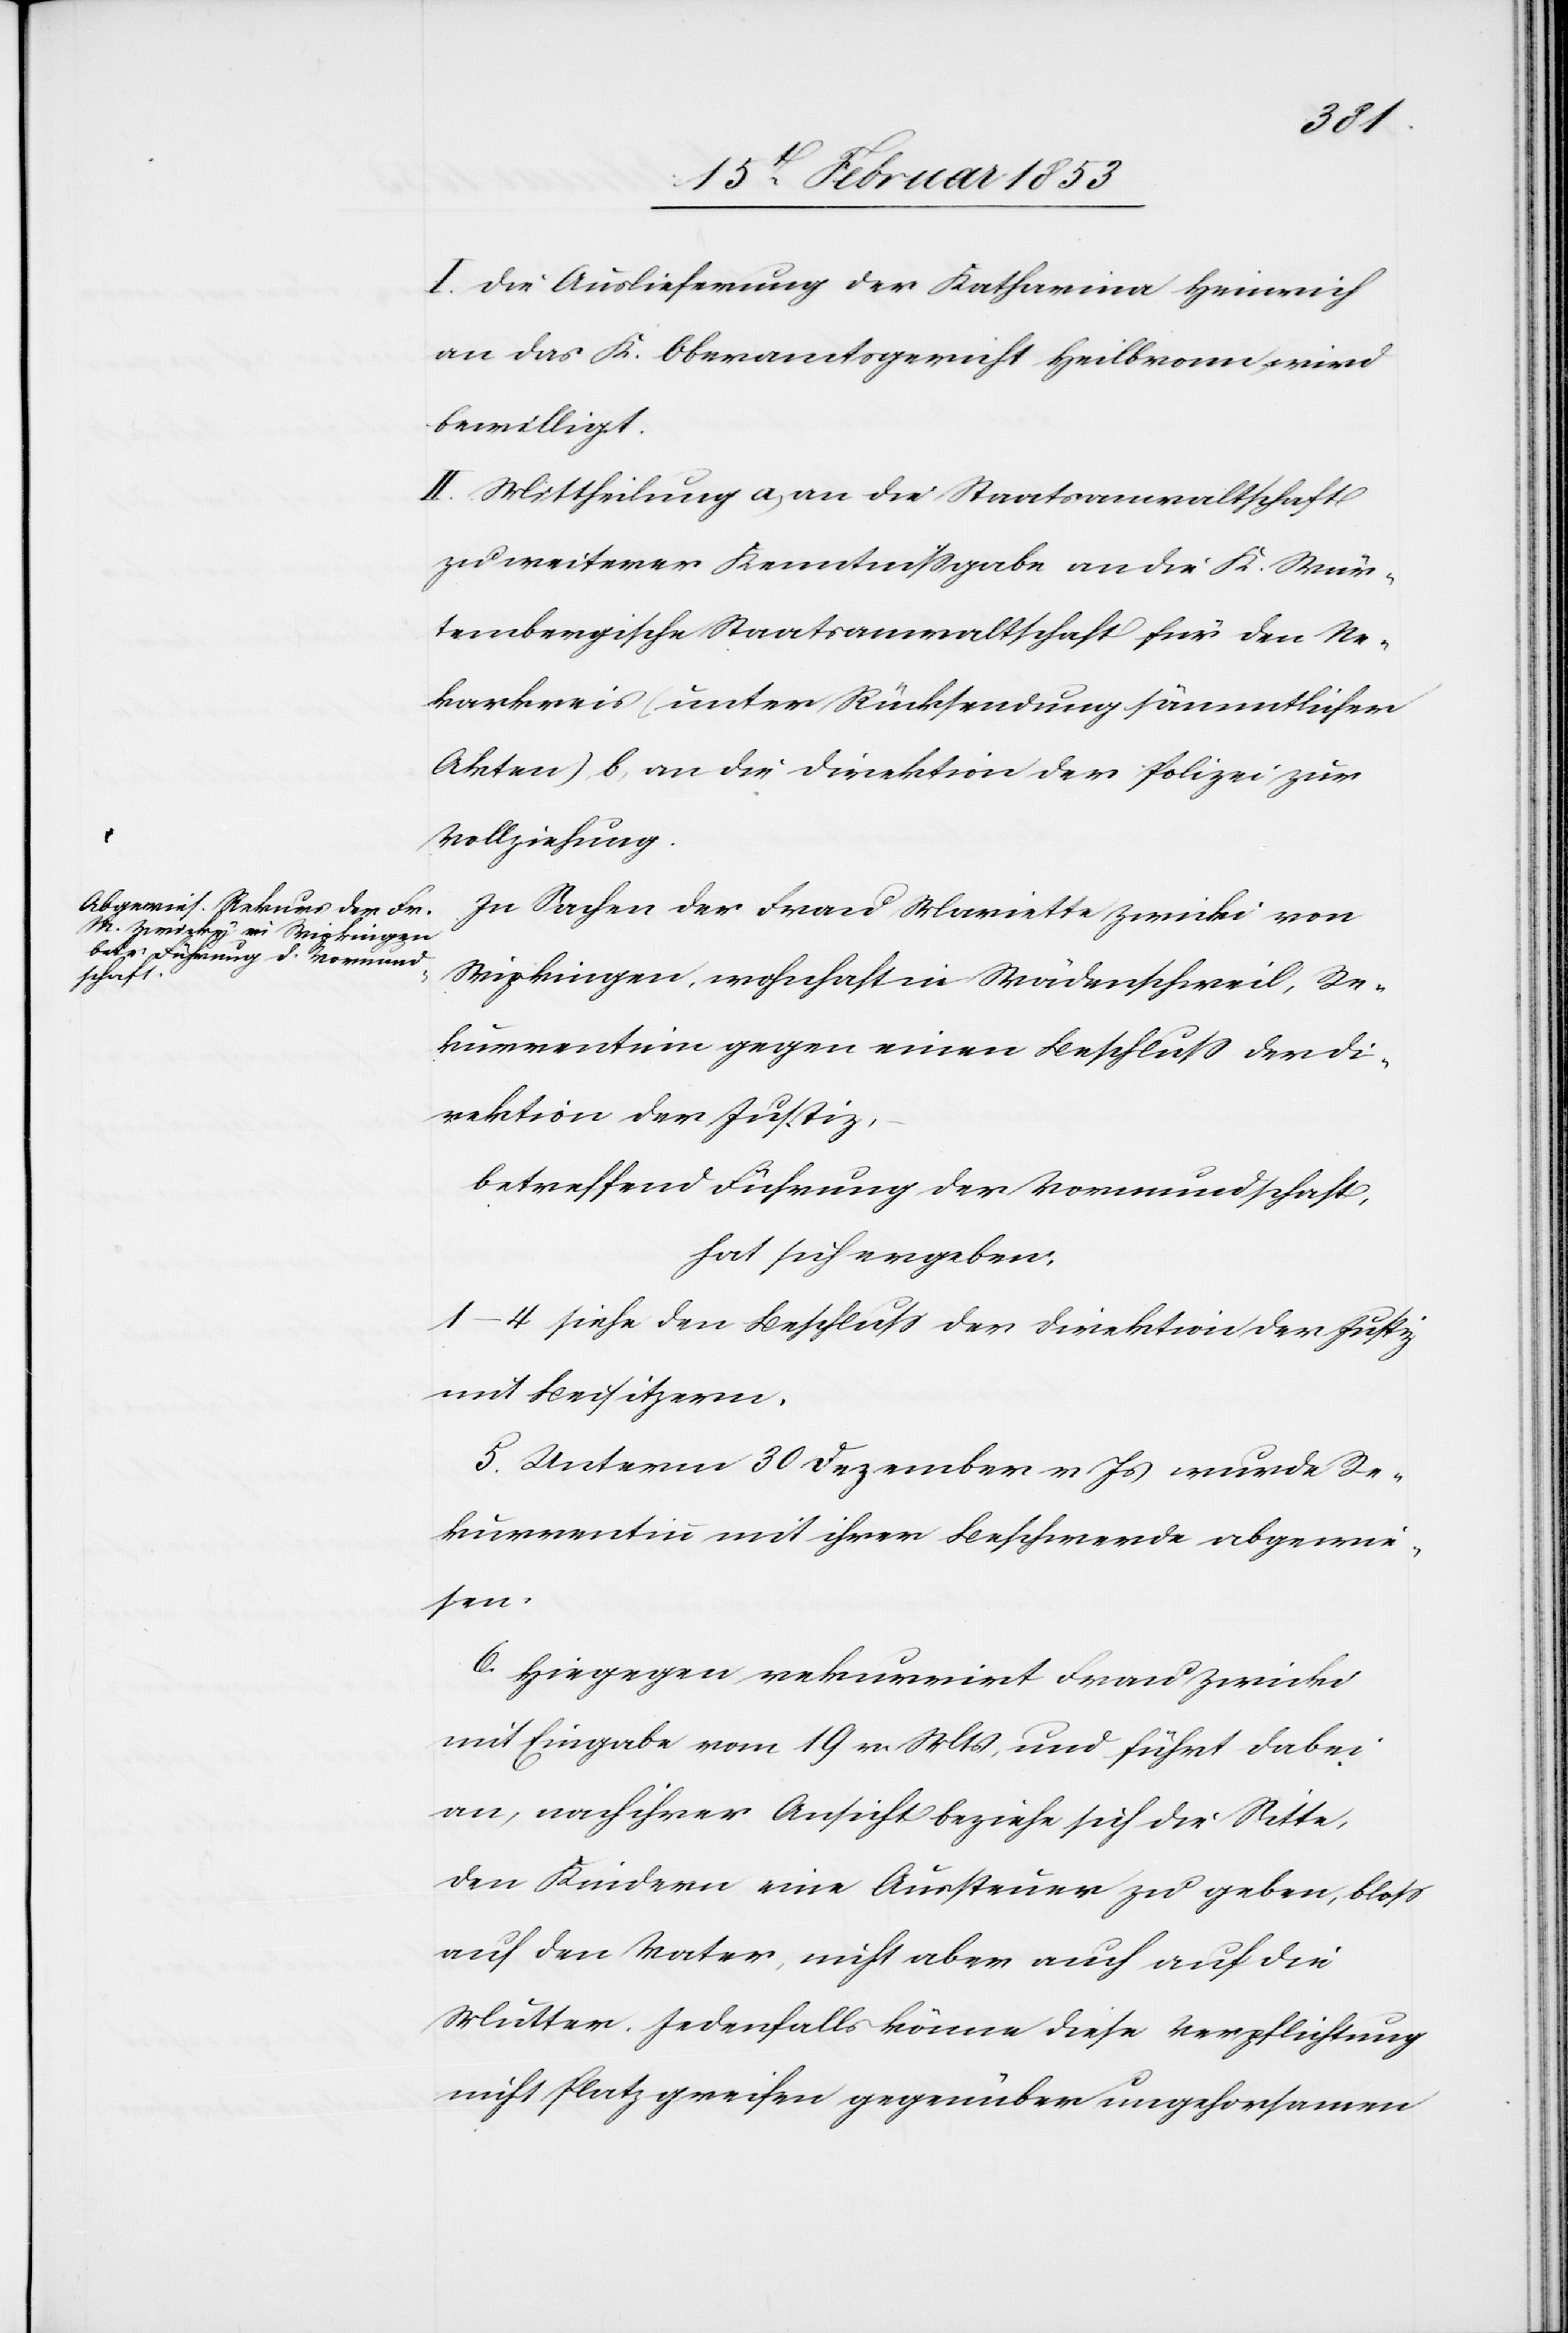
I. Die Auslieferung der Katharina Heinrich
an das K. Oberamtsgericht Heilbronn wird
bewilligt.
II. Mittheilung a, an die Staatsanwaltschaft
zu weiterer Kenntnißgabe an die K. Wür¬
tembergische Staatsanwaltschaft für den Ne¬
karkreis (unter Rücksendung sämmtlicher
Akten) b, an die Direktion der Polizei zur
Vollziehung.
In Sachen der Frau Mariette Zwicki von
Wipkingen wohnhaft in Wädenschweil, Re¬
kurrentin gegen einen Beschluß der Di¬
rektion der Justiz,
betreffend Führung der Vormundschaft,
hat sich ergeben.
1–4 siehe den Beschluß der Direktion der Justiz
mit Beisitzern.
5. Unterm 30 Dezember v. Js. wurde Re¬
kurrentinn mit ihrer Beschwerde abgewie¬
sen.
6. Hiegegen rekurrirt Frau Zwicki
mit Eingabe vom 19 v. Mts., und führt dabei
an, nach ihrer Ansicht beziehe sich die Sitte,
den Kindern eine Aussteuer zu geben, bloß
auf den Vater, nicht aber auch auf die
Mutter. Jedenfalls könne diese Verpflichtung
nicht Platz greifen gegenüber ungehorsamen